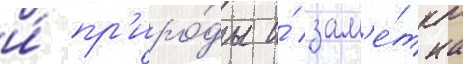
и́ пр'иро́ды и́ зам'е́тна